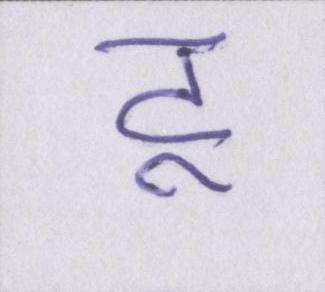
टू